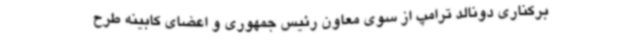
برکناری دونالد ترامپ از سوی معاون رئیس جمهوری و اعضای کابینه طرح